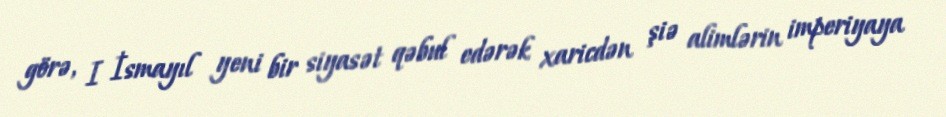
görə, I İsmayıl yeni bir siyasət qəbul edərək xaricdən şiə alimlərin imperiyaya